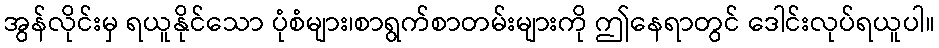
အွန်လိုင်းမှ ရယူနိုင်သော ပုံစံများ၊စာရွက်စာတမ်းများကို ဤနေရာတွင် ဒေါင်းလုပ်ရယူပါ။